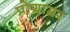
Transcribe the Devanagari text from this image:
प्रोग्राम्रर